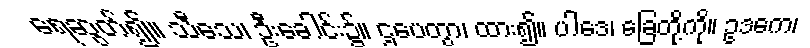
ရေဆွတ်၍။ သီသေ၊ ဦးခေါင်း၌။ ဌပေတွာ၊ ထား၍။ ပါဒေ၊ ခြေတို့ကို။ ဥဒကေ၊